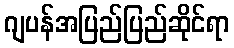
ဂျပန်အပြည်ပြည်ဆိုင်ရာ